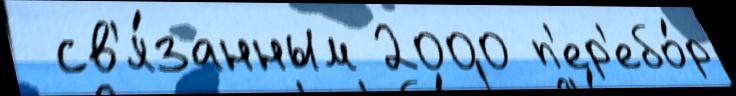
 св'я́занным 2000 п'ер'ебо́р